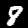
Digit: 8